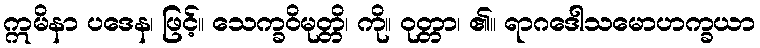
ဣမိနာ ပဒေန၊ ဖြင့်။ သေက္ခဝိမုတ္တိ၊ ကို။ ဝုတ္တာ၊ ၏။ ရာဂဒေါသမောဟက္ခယာ